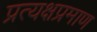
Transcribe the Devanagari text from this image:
प्रत्यक्षप्रमाण